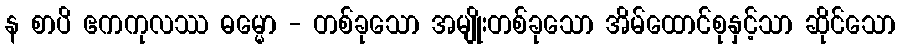
န စာပိ ဧကကုလဿ ဓမ္မော - တစ်ခုသော အမျိုးတစ်ခုသော အိမ်ထောင်စုနှင့်သာ ဆိုင်သော